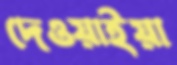
দেওয়াইয়া